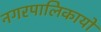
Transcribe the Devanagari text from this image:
नगरपालिकायों